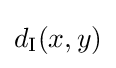
d_{\text{I}}(x,y)